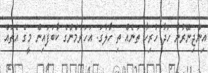
އިންޖިނޭރުން ހަދާ ހުރިހާ ތަނެއް ތި ހާލުގަ. އަހަރުމެންގެ ކާބަފައިން މީގެ އެތައް